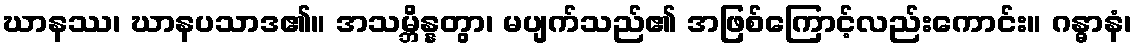
ဃာနဿ၊ ဃာနပသာဒ၏။ အသမ္ဘိန္နတွာ၊ မပျက်သည်၏ အဖြစ်ကြောင့်လည်းကောင်း။ ဂန္ဓာနံ၊